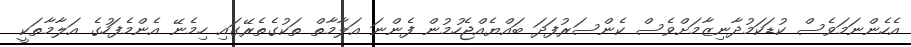
އެހެންނަމަވެސް ކުޑަކަމުދާނިޒާމަށްވެސް ކެންސަރުފަދަ ބައްޔެއްޖެހުމުން ފެންނަ އަލާމާތް ތަކުގެތެރޭގައި ހިމެނޭ އެންމެފަހުގެ އަލާމާތަކީ